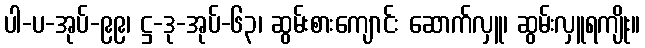
ပါ-ပ-အုပ်-၉၉၊ ဋ္ဌ-ဒု-အုပ်-၆၃၊ ဆွမ်းစားကျောင်း ဆောက်လှူ၊ ဆွမ်းလှူရကျိုး။